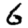
Digit: 6